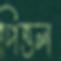
পিত্তল